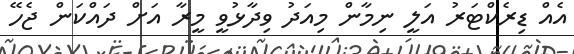
އެއް ޑިރެކްޓަރު އަލީ ނިމާން މިއަދު ވިދާޅުވީ މީރާ އަށް ދައްކަން ޖެހޭ